Annual administration report of the Civil Veterinary Department of India - 1898-1899
Year: 1898
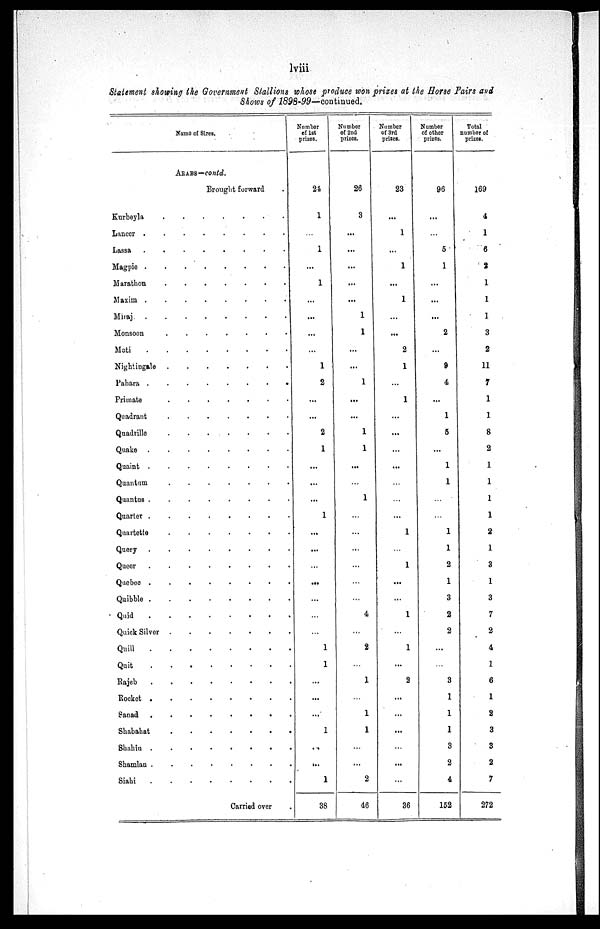
lviii
Statement showing the Government Stallions whose produce won prizes at the Horse Fairs and
Shows of 1898-99—continued.
Name of Sires.
ARABS—contd.
Brought forward.
Kurbeyla . . . . . . .
Lancer . . . . . . . .
Lassa . . . . . . . .
Magpie . . . . . . . .
Marathon . . . . . . . .
Maxim . . . . . . . .
Miraj . . . . . . . .
Monsoon . . . . . . .
Moti . . . . . . . .
Nightingale . . . . . . . .
Pahara . . . . . . . .
Primate . . . . . . . .
Quadrant . . . . . . . .
Quadrille . . . . . . . .
Quake . . . . . . . .
Quaint . . . . . . . .
Quantum . . . . . . . .
Quantus . . . . . . . .
Quarter . . . . . . . .
Quartette . . . . . . . .
Query . . . . . . . .
Queer . . . . . . . .
Quebec . . . . . . . .
Quibble . . . . . . . .
Quid . . . . . . . .
Quick Silver . . . . . . .
Quill . . . . . . . .
Quit . . . . . . . .
Rajeb . . . . . . . .
Rocket . . . . . . . .
Sanad . . . . . . . .
Shabahat . . . . . . . .
Shahin . . . . . . . .
Shamlan . . . . . . . .
Siahi . . . . . . . .
Carried over .
Number
of 1st
prizes.
24
1
...
1
...
1
...
...
...
...
1
2
...
...
2
1
...
...
...
1
...
...
...
...
...
...
...
1
1
...
...
...
1
...
...
1
38
Number
of 2nd
prizes.
26
3
...
...
...
...
...
1
1
...
...
1
...
...
1
1
...
...
1
...
...
...
...
...
...
4
...
2
...
1
...
1
1
...
...
2
46
Number
of 3rd
prizes.
23
...
1
...
1
...
1
...
...
2
1
...
1
...
...
...
...
...
...
...
1
...
1
...
...
1
...
1
...
2
...
...
...
...
...
...
36
Number
of other
prizes.
96
...
...
5
1
...
...
...
2
...
9
4
...
1
5
...
1
1
...
...
1
1
2
1
3
2
2
...
...
3
1
1
1
3
2
4
152
Total
number of
prizes.
169
4
1
6
2
1
1
1
3
2
11
7
1
1
8
2
1
1
1
1
2
1
3
1
3
7
2
4
1
6
1
2
3
3
2
7
272